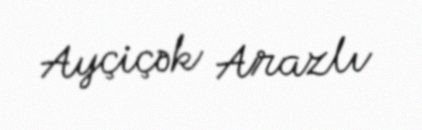
Ayçiçək Arazlı